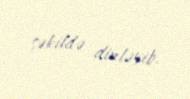
şəkildə dinləyib.